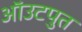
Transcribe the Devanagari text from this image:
ऑउटपुत